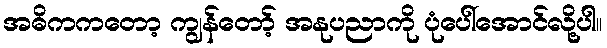
အဓိကကတော့ ကျွန်တော့် အနုပညာကို ပုံပေါ်အောင်လို့ပါ။